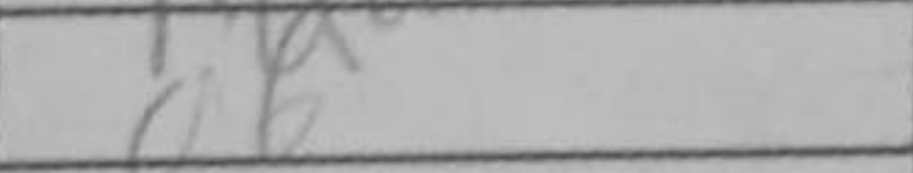
Transcription: a6